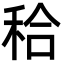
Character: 秴